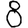
Digit: 8